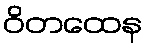
ဝိတထေန